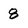
Character: 8